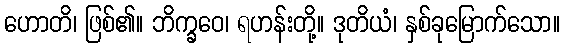
ဟောတိ၊ ဖြစ်၏။ ဘိက္ခဝေ၊ ရဟန်းတို့။ ဒုတိယံ၊ နှစ်ခုမြောက်သော။